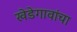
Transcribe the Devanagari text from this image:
खेडेगावांचा